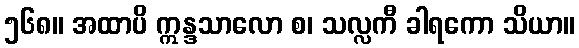
၅၆၈။ အထာပိ ဣန္ဒသာလော စ၊ သလ္လကီ ခါရကော သိယာ။